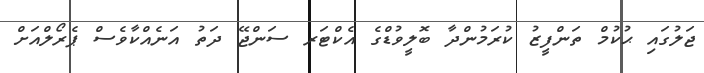
ޖަލުގައި ޙުކުމް ތަންފީޒު ކުރަމުންދާ ބޮލީވުޑްގެ އެކްޓަރ ސަންޖޭ ދަތު އަނެއްކާވެސް ޕެރޯލްއަށް